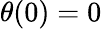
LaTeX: \theta(0)=0